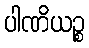
ပါဏိယဉ္စ